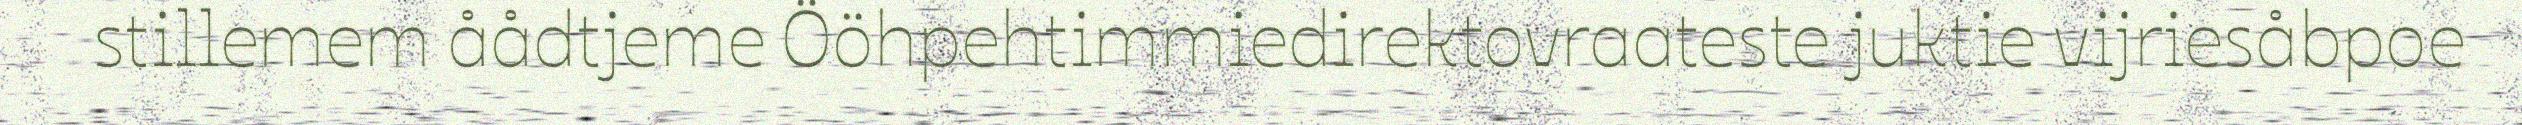
stillemem åådtjeme Ööhpehtimmiedirektovraateste juktie vijriesåbpoe